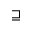
\sqsupseteq